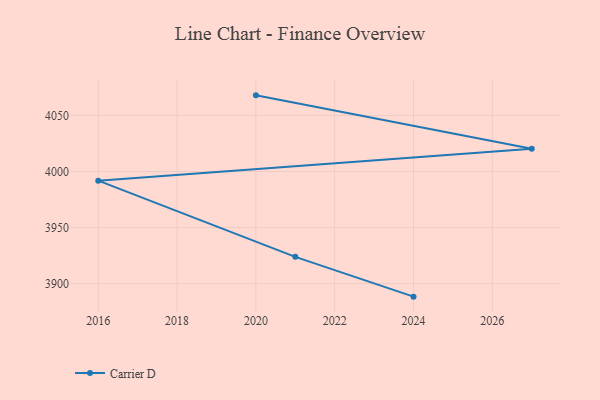
{"axis": {"x": "Year", "y": "Tickets Resolved"}, "legend": ["Carrier D"], "data": [{"x": "2024", "y": 3888.4, "type": "Carrier D"}, {"x": "2021", "y": 3923.9, "type": "Carrier D"}, {"x": "2016", "y": 3991.8, "type": "Carrier D"}, {"x": "2027", "y": 4020.3, "type": "Carrier D"}, {"x": "2020", "y": 4067.9, "type": "Carrier D"}]}